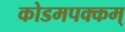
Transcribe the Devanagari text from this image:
कोडमपक्कम्